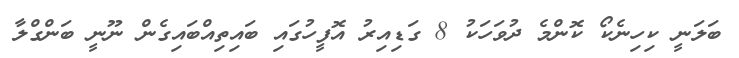
ބަލަނީ ކިހިނެކޯ ކޮންމެ ދުވަހަކު 8 ގަޑިއިރު އޮފީހުގައި ބައިތިއްބައިގެން ނޫނީ ބަންގްލާ